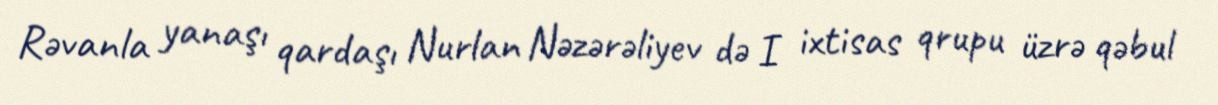
Rəvanla yanaşı qardaşı Nurlan Nəzərəliyev də I ixtisas qrupu üzrə qəbul